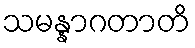
သမန္နာဂတာတိ